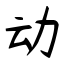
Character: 动